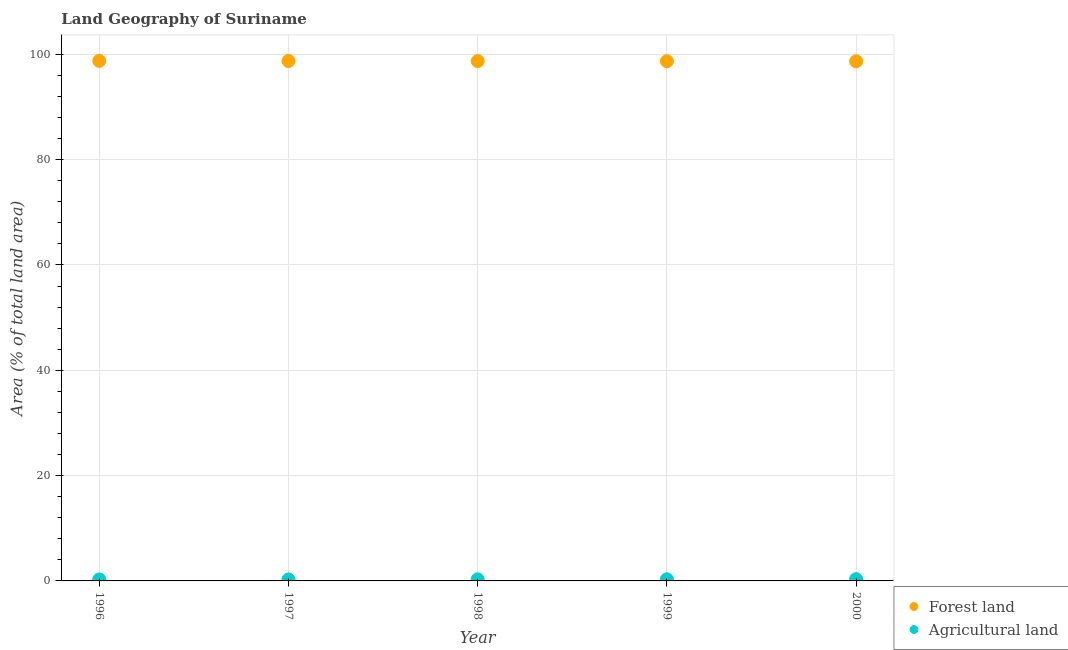
| Year | Forest land | Agricultural land |
 | --- | --- | --- |
 | 1996 | 98.8 | 0.276 |
 | 1997 | 98.7 | 0.276 |
 | 1998 | 98.7 | 0.301 |
 | 1999 | 98.7 | 0.308 |
 | 2000 | 98.7 | 0.333 |